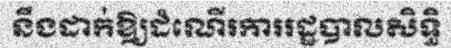
នឹងដាក់ឱ្យដំណើរការរដ្ឋបាលសិទ្ធិ